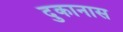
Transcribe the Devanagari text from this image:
दुकानास